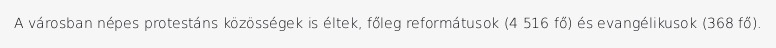
A városban népes protestáns közösségek is éltek, főleg reformátusok (4 516 fő) és evangélikusok (368 fő).